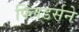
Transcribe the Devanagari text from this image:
फ्लिंडर्सने